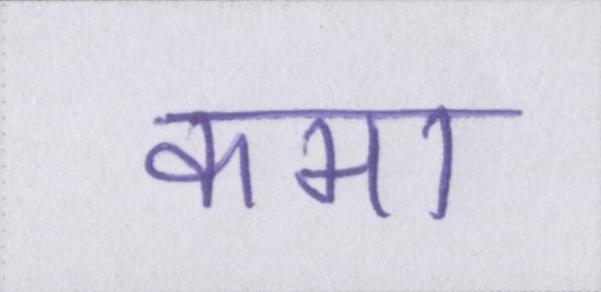
कमा